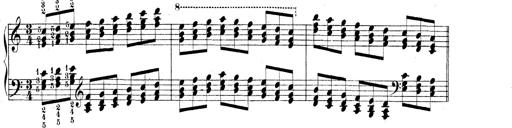
Title: Technische Studien
Composer: Franz Liszt